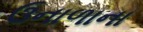
ઉનાળાના